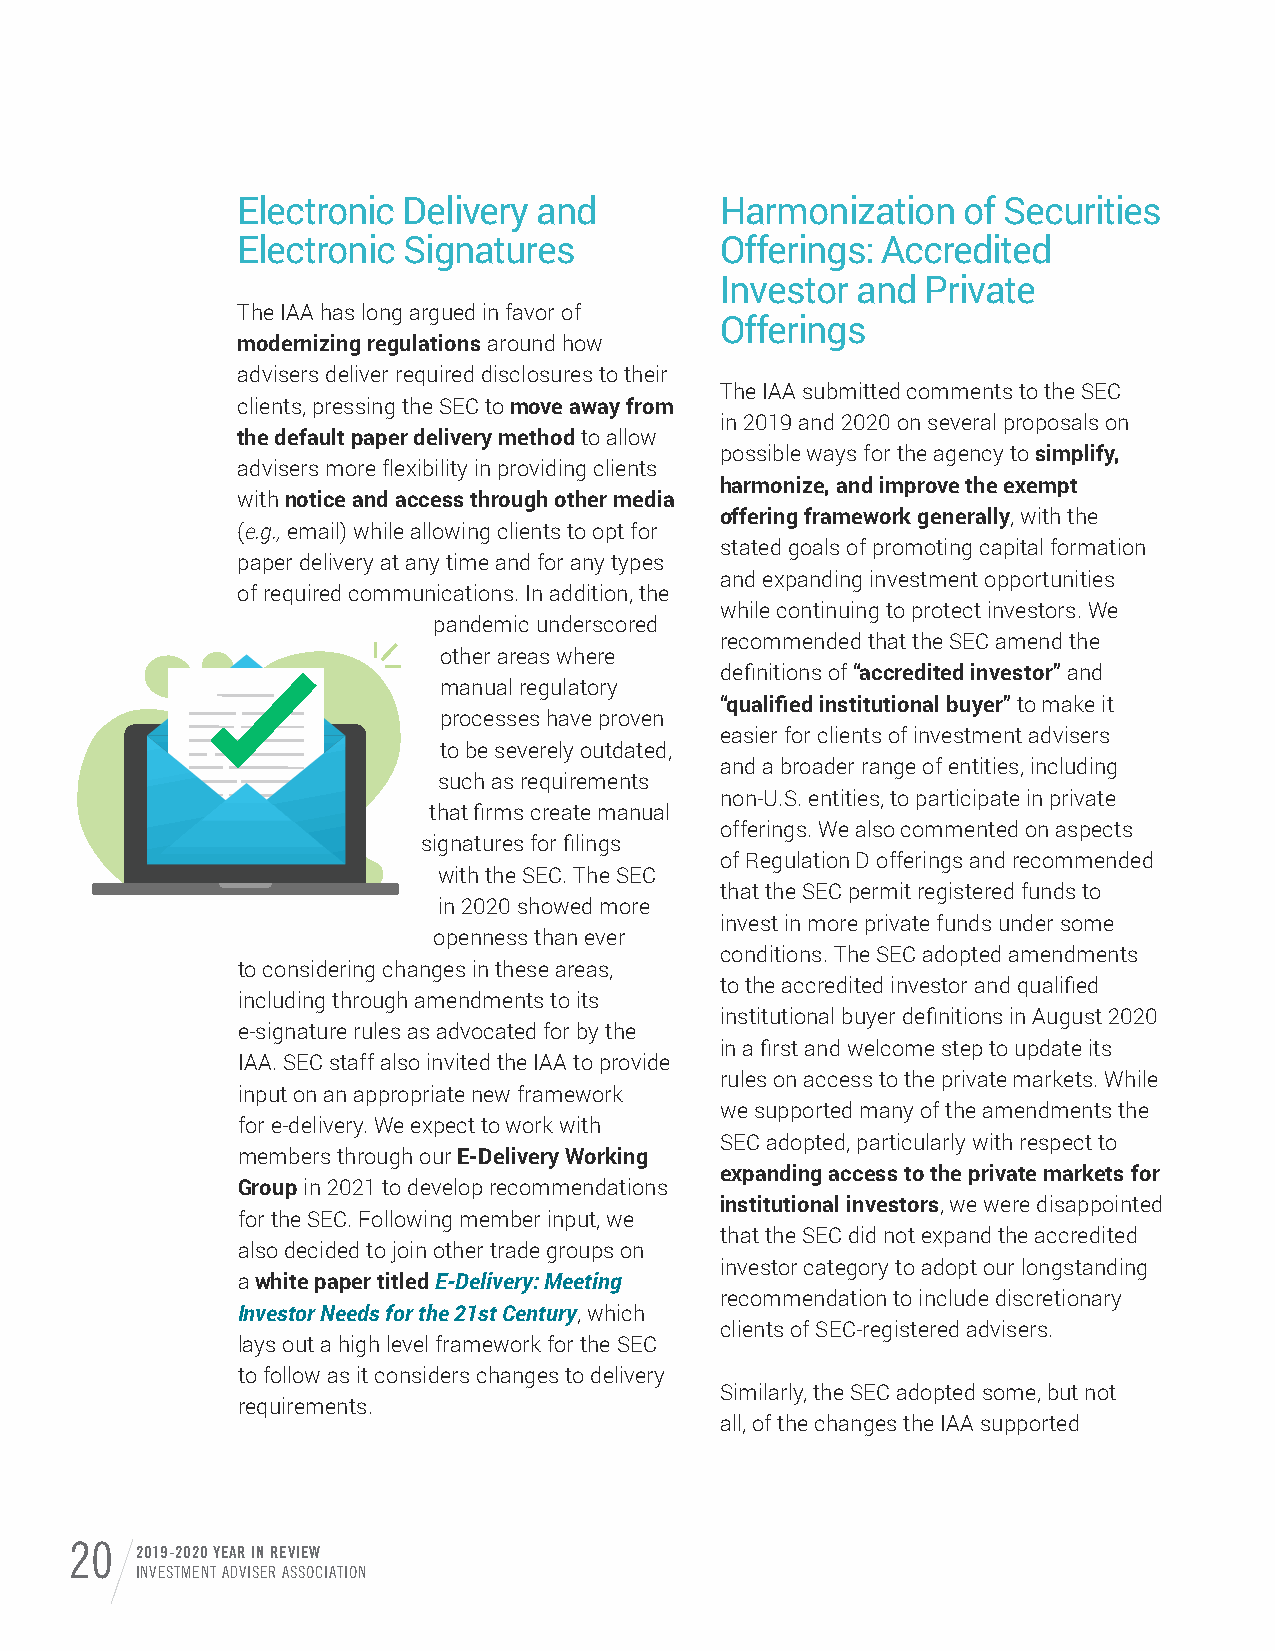
Electronic Delivery and         Harmonization   of Securities
 Electronic Signatures           Offerings: Accredited
 Investor and Private
 The IAA has long argued in favor of
 Offerings
 modernizing regulations around how
 advisers deliver required disclosures to their
 The IAA submitted comments to the SEC
 clients, pressing the SEC to move away from
 in 2019 and 2020 on several proposals on
 the default paper delivery method to allow
 possible ways for the agency to simplify,
 advisers more flexibility in providing clients
 harmonize, and improve the exempt
 with notice and access through other media
 offering framework generally, with the
 (e.g., email) while allowing clients to opt for
 stated goals of promoting capital formation
 paper delivery at any time and for any types
 and expanding investment opportunities
 of required communications. In addition, the
 while continuing to protect investors. We
 pandemic underscored
 recommended that the SEC amend the
 other areas where
 definitions of “accredited investor” and
 manual regulatory
 “qualified institutional buyer” to make it
 processes have proven
 easier for clients of investment advisers
 to be severely outdated,
 and a broader range of entities, including
 such as requirements
 non-U.S. entities, to participate in private
 that firms create manual
 offerings. We also commented on aspects
 signatures for filings
 of Regulation D offerings and recommended
 with the SEC. The SEC
 that the SEC permit registered funds to
 in 2020 showed more
 invest in more private funds under some
 openness than ever
 conditions. The SEC adopted amendments
 to considering changes in these areas,
 to the accredited investor and qualified
 including through amendments to its
 institutional buyer definitions in August 2020
 e-signature rules as advocated for by the
 in a first and welcome step to update its
 IAA. SEC staff also invited the IAA to provide
 rules on access to the private markets. While
 input on an appropriate new framework
 we supported many of the amendments the
 for e-delivery. We expect to work with
 SEC adopted, particularly with respect to
 members through our E-Delivery Working
 expanding access to the private markets for
 Group in 2021 to develop recommendations
 institutional investors, we were disappointed
 for the SEC. Following member input, we
 that the SEC did not expand the accredited
 also decided to join other trade groups on
 investor category to adopt our longstanding
 a white paper titled E-Delivery: Meeting
 recommendation to include discretionary
 Investor Needs for the 21st Century, which
 clients of SEC-registered advisers.
 lays out a high level framework for the SEC
 to follow as it considers changes to delivery
 Similarly, the SEC adopted some, but not
 requirements.
 all, of the changes the IAA supported
 20  2019-2020 YEAR IN REVIEW
 INVESTMENT ADVISER ASSOCIATION